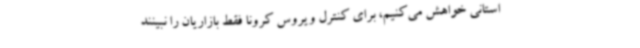
استانی خواهش می‌کنیم، برای کنترل ویروس کرونا فقط بازاریان را نبینند